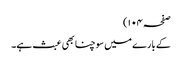
صفحہ ۱۰۴)
کے بارے میں سوچنا بھی عبث ہے۔